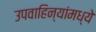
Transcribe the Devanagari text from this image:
उपवाहिन्यांमध्ये